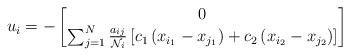
LaTeX: \begin{align*}u_i = - \begin{bmatrix}0 \\\sum_{j=1}^{N} \frac{a_{ij}}{\mathcal{N}_i} \left[ c_1 \left( x_{i_1}-x_{j_1} \right) + c_2 \left( x_{i_2}-x_{j_2} \right) \right]\end{bmatrix}\end{align*}